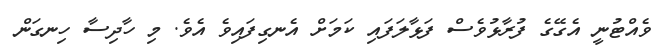
ވެއްޓުނީ އެގޭގެ ފުރާޅުވެސް ފަޅާލަފައި ކަމަށް އެނގިފައިވެ އެވެ. މި ހާދިސާ ހިނގަން